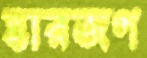
হারজগ